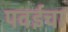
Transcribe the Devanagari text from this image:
पवईचा